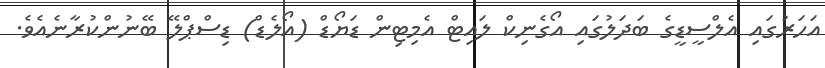
އަހަރުގައި އެލްސީޑީގެ ބަދަލުގައި އޯގެނިކް ލައިޓް އެމިޓިން ޑަޔޯޑް (އޯލެޑް) ޑިސްޕްލޭ ބޭނުންކުރާނެއެވެ.